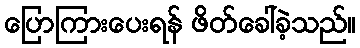
ပြောကြားပေးရန် ဖိတ်ခေါ်ခဲ့သည်။